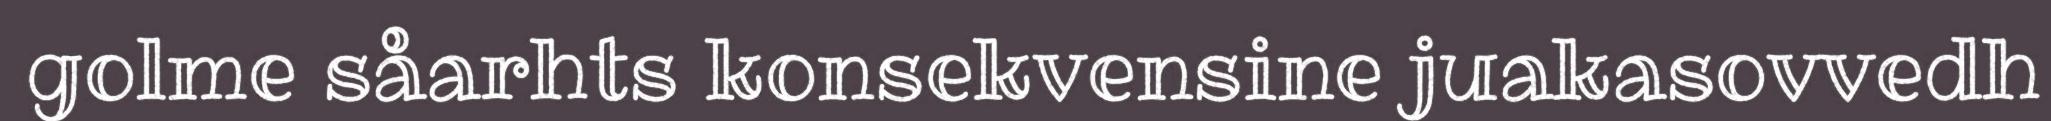
golme såarhts konsekvensine juakasovvedh